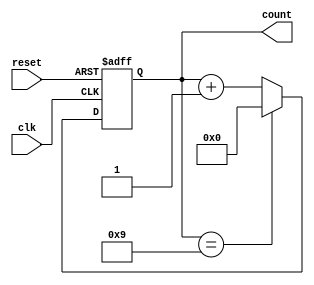
module decade_counter (
    input wire clk,         // Clock input
    input wire reset,       // Asynchronous reset input
    output reg [3:0] count  // 4-bit output to represent the count
);

// Always block triggered on the clock's rising edge
always @(posedge clk or posedge reset) begin
    if (reset) begin
        count <= 4'b0000; // Reset count to 0
    end else begin
        if (count == 4'b1001) begin
            count <= 4'b0000; // Reset to 0 when count reaches 9
        end else begin
            count <= count + 1; // Increment the count
        end
    end
end

endmodule